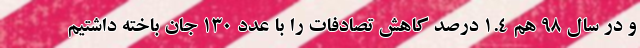
و در سال ۹۸ هم ۱.۴ درصد کاهش تصادفات را با عدد ۱۳۰ جان باخته داشتیم